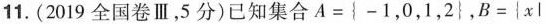
11. ( 2019 全国卷 Ⅲ，5 分 )已知集合 $$A = { -1，0，1，2 }$$，$$B = { x l